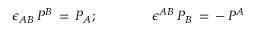
\epsilon _ { A B } \, P ^ { B } \, = \, P _ { A } ; \qquad \qquad \epsilon ^ { A B } \, P _ { B } \, = \, - \, P ^ { A }